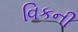
વિકની